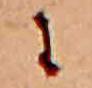
に